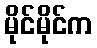
မိုင်မိုင်က